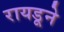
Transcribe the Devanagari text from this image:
रायडूने